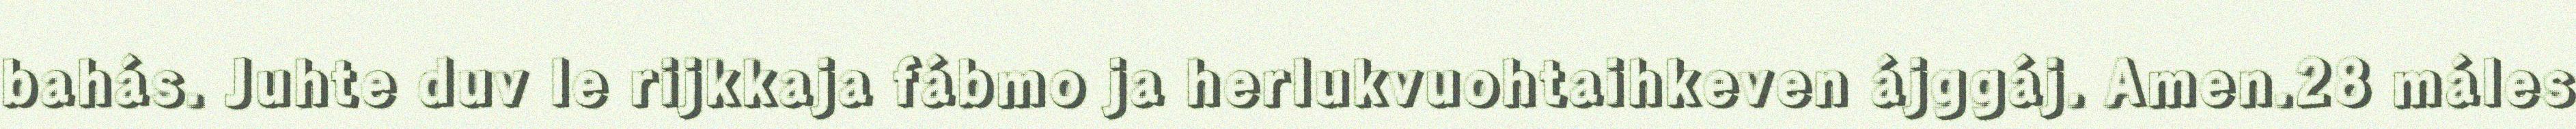
bahás. Juhte duv le rijkkaja fábmo ja herlukvuohtaihkeven ájggáj. Amen.28 máles